Vaccination in Bombay 1913-1923 - 1913-1923
Year: 1913
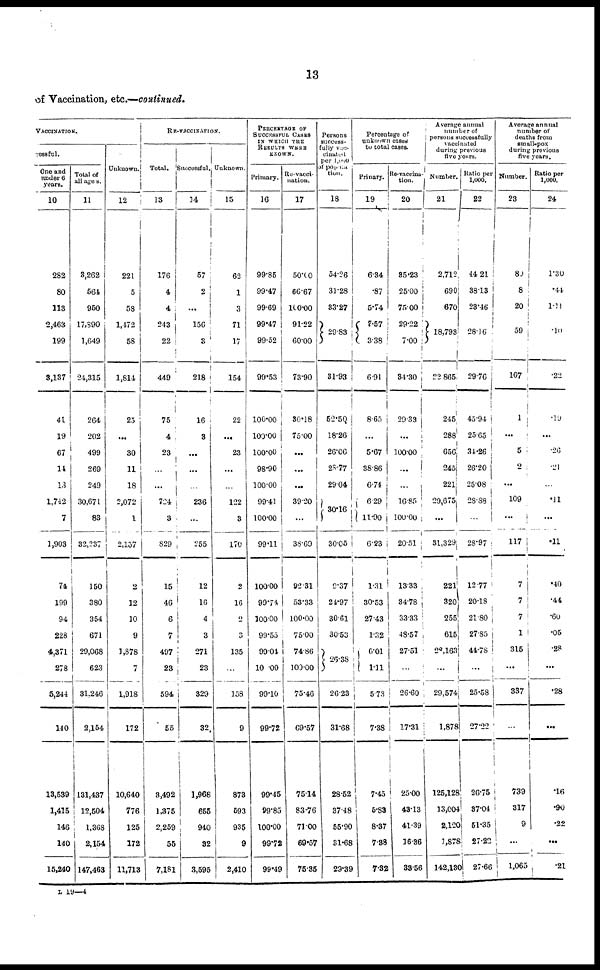
13
of Vaccination, etc.—continued.
VACCINATION.
cessful.
One and
under 6
years.
10
282
80
113
2,463
199
3,137
41
19
67
14
13
1,712
7
1,903
74
199
94
228
4,371
278
5,244
140
13,539
1,415
146
140
15,240
Total of
all ages.
11
3,262
564
950
17,890
1,649
24,315
264
202
499
269
249
30,671
83
32,237
150
380
354
671
29,068
623
31,246
2,164
131,437
12,504
1,368
2,154
147,463
Unknown.
12
221
5
58
1,472
58
1,814
25
...
30
11
18
2,072
1
2,157
2
12
10
9
1,878
7
1,918
172
10,640
776
125
172
11,713
RE-VACCINATION.
Total.
13
176
4
4
243
22
449
75
4
23
...
...
724
3
829
15
46
6
7
497
23
594
55
3,492
1,375
2,259
55
7,181
Successful.
14
57
2
...
156
3
218
16
3
...
...
...
236
...
255
12
16
4
3
271
23
329
32
1,968
655
940
32
3,595
Unknown.
15
62
1
3
71
17
154
22
...
23
...
...
122
3
170
2
16
2
3
135
...
158
9
873
593
935
9
2,410
PERCENTAGE OF
SUCCESSFUL CASES
IN WHICH THE
RESULTS WERE
KNOWN.
Primary.
16
99.85
99.47
99.69
99.47
99.52
99.53
100.00
100.00
100.00
98.90
100.00
99.41
100.00
99.11
100.00
90.74
100.00
99.55
99.04
10.00
99.10
99.72
99.45
99.85
100.00
99.72
99·49
Re-vacci¬
nation.
17
50.00
66.67
100.00
91.22
60.00
73.90
30.18
75.00
...
...
...
39.20
...
38.60
92.31
53.33
100.00
75.00
74.86
100.00
75.46
69.57
75.14
83.76
71.00
69.57
75.35
Persons
success¬
fully vac¬
cinated
per 1,000
of popula¬
tion.
18
54.26
31.28
33.27
29·83
31.93
52·50
18.26
26.06
28.77
29.04
30.16
30.05
9.37
24.97
30.61
30.53
26.38
26.23
31.68
28.52
37.48
55.90
31.68
29.39
Percentage of
unknown cases
to total cases.
Primary.
19
6.34
.87
5.74
7.57
3.38
6.91
8.65
...
5.67
38.86
6.74
6.29
11.90
6.23
1.31
30.53
27.43
1.32
6.01
1.11
5.73
7.38
7.45
5.83
8.37
7.38
7.32
Re-vaccina-
tion.
20
85.23
25.00
75.00
29.22
7.00
34.30
29.33
...
100.00
...
...
16.85
100.00
20.51
13.33
34.78
33.33
48.57
27.51
...
26.60
17.31
25.00
43.13
41.39
16.36
33.56
Average annual
number of
persons successfully
vaccinated
during previous
five years.
Number.
21
2,712,
690
670
18,793
22,865
245
288
650
245
221
29,675
...
31,329
221
320
255
615
28,163
...
29,574
1,878
125,128
13,004
2,120
1,878
142,130
Ratio per
1,000.
22
44.21
38·13
23.46
28.16
29.76
45.94
25.65
34.26
26.20
25.08
28.88
...
28.97
12.77
20.18
21.80
27.85
44.78
...
25·58
27.22
26.75
37.04
51.35
27.22
27.66
Average annual
number of
deaths from
small-pox
during previous
five years.
Number.
23
80
8
20
59
167
1
...
5
2
...
109
...
117
7
7
7
1
315
...
337
...
739
317
9
...
1,065
Ratio per
1,000.
24
1.30
.44
1.11
.10
.22
.19
...
.26
.21
...
.11
...
.11
.40
.44
·60
.05
.28
...
.28
...
.16
.90
.22
...
.21
L 19—4